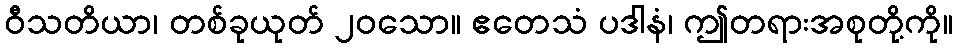
ဝီသတိယာ၊ တစ်ခုယုတ် ၂၀သော။ ဧတေသံ ပဒါနံ၊ ဤတရားအစုတို့ကို။